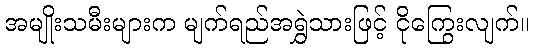
အမျိုးသမီးများက မျက်ရည်အရွှဲသားဖြင့် ငိုကြွေးလျက်။